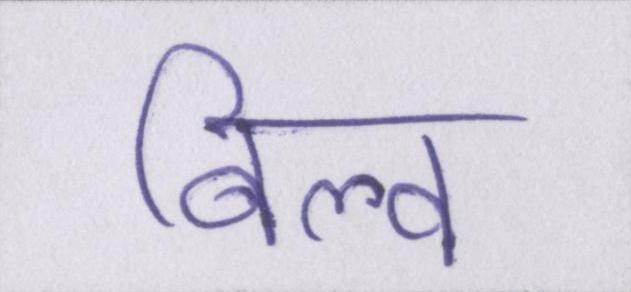
बिल्व